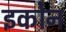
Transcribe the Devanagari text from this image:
इकोन